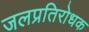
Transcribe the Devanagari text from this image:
जलप्रतिरोधक